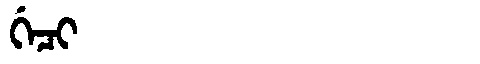
Manchu: ᡤᡝᠴᡳ
Romanization: GECI